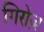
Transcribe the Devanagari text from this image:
गिरोज़